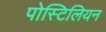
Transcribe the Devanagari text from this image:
पोस्टिलियन